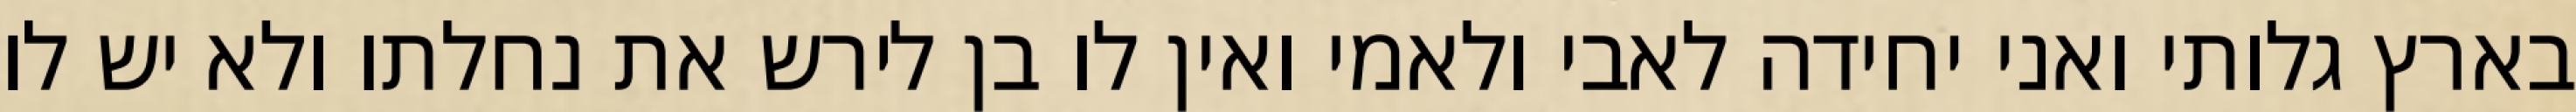
בארץ גלותי ואני יחידה לאבי ולאמי ואין לו בן לירש את נחלתו ולא יש לו